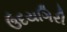
ઉદયગિરી